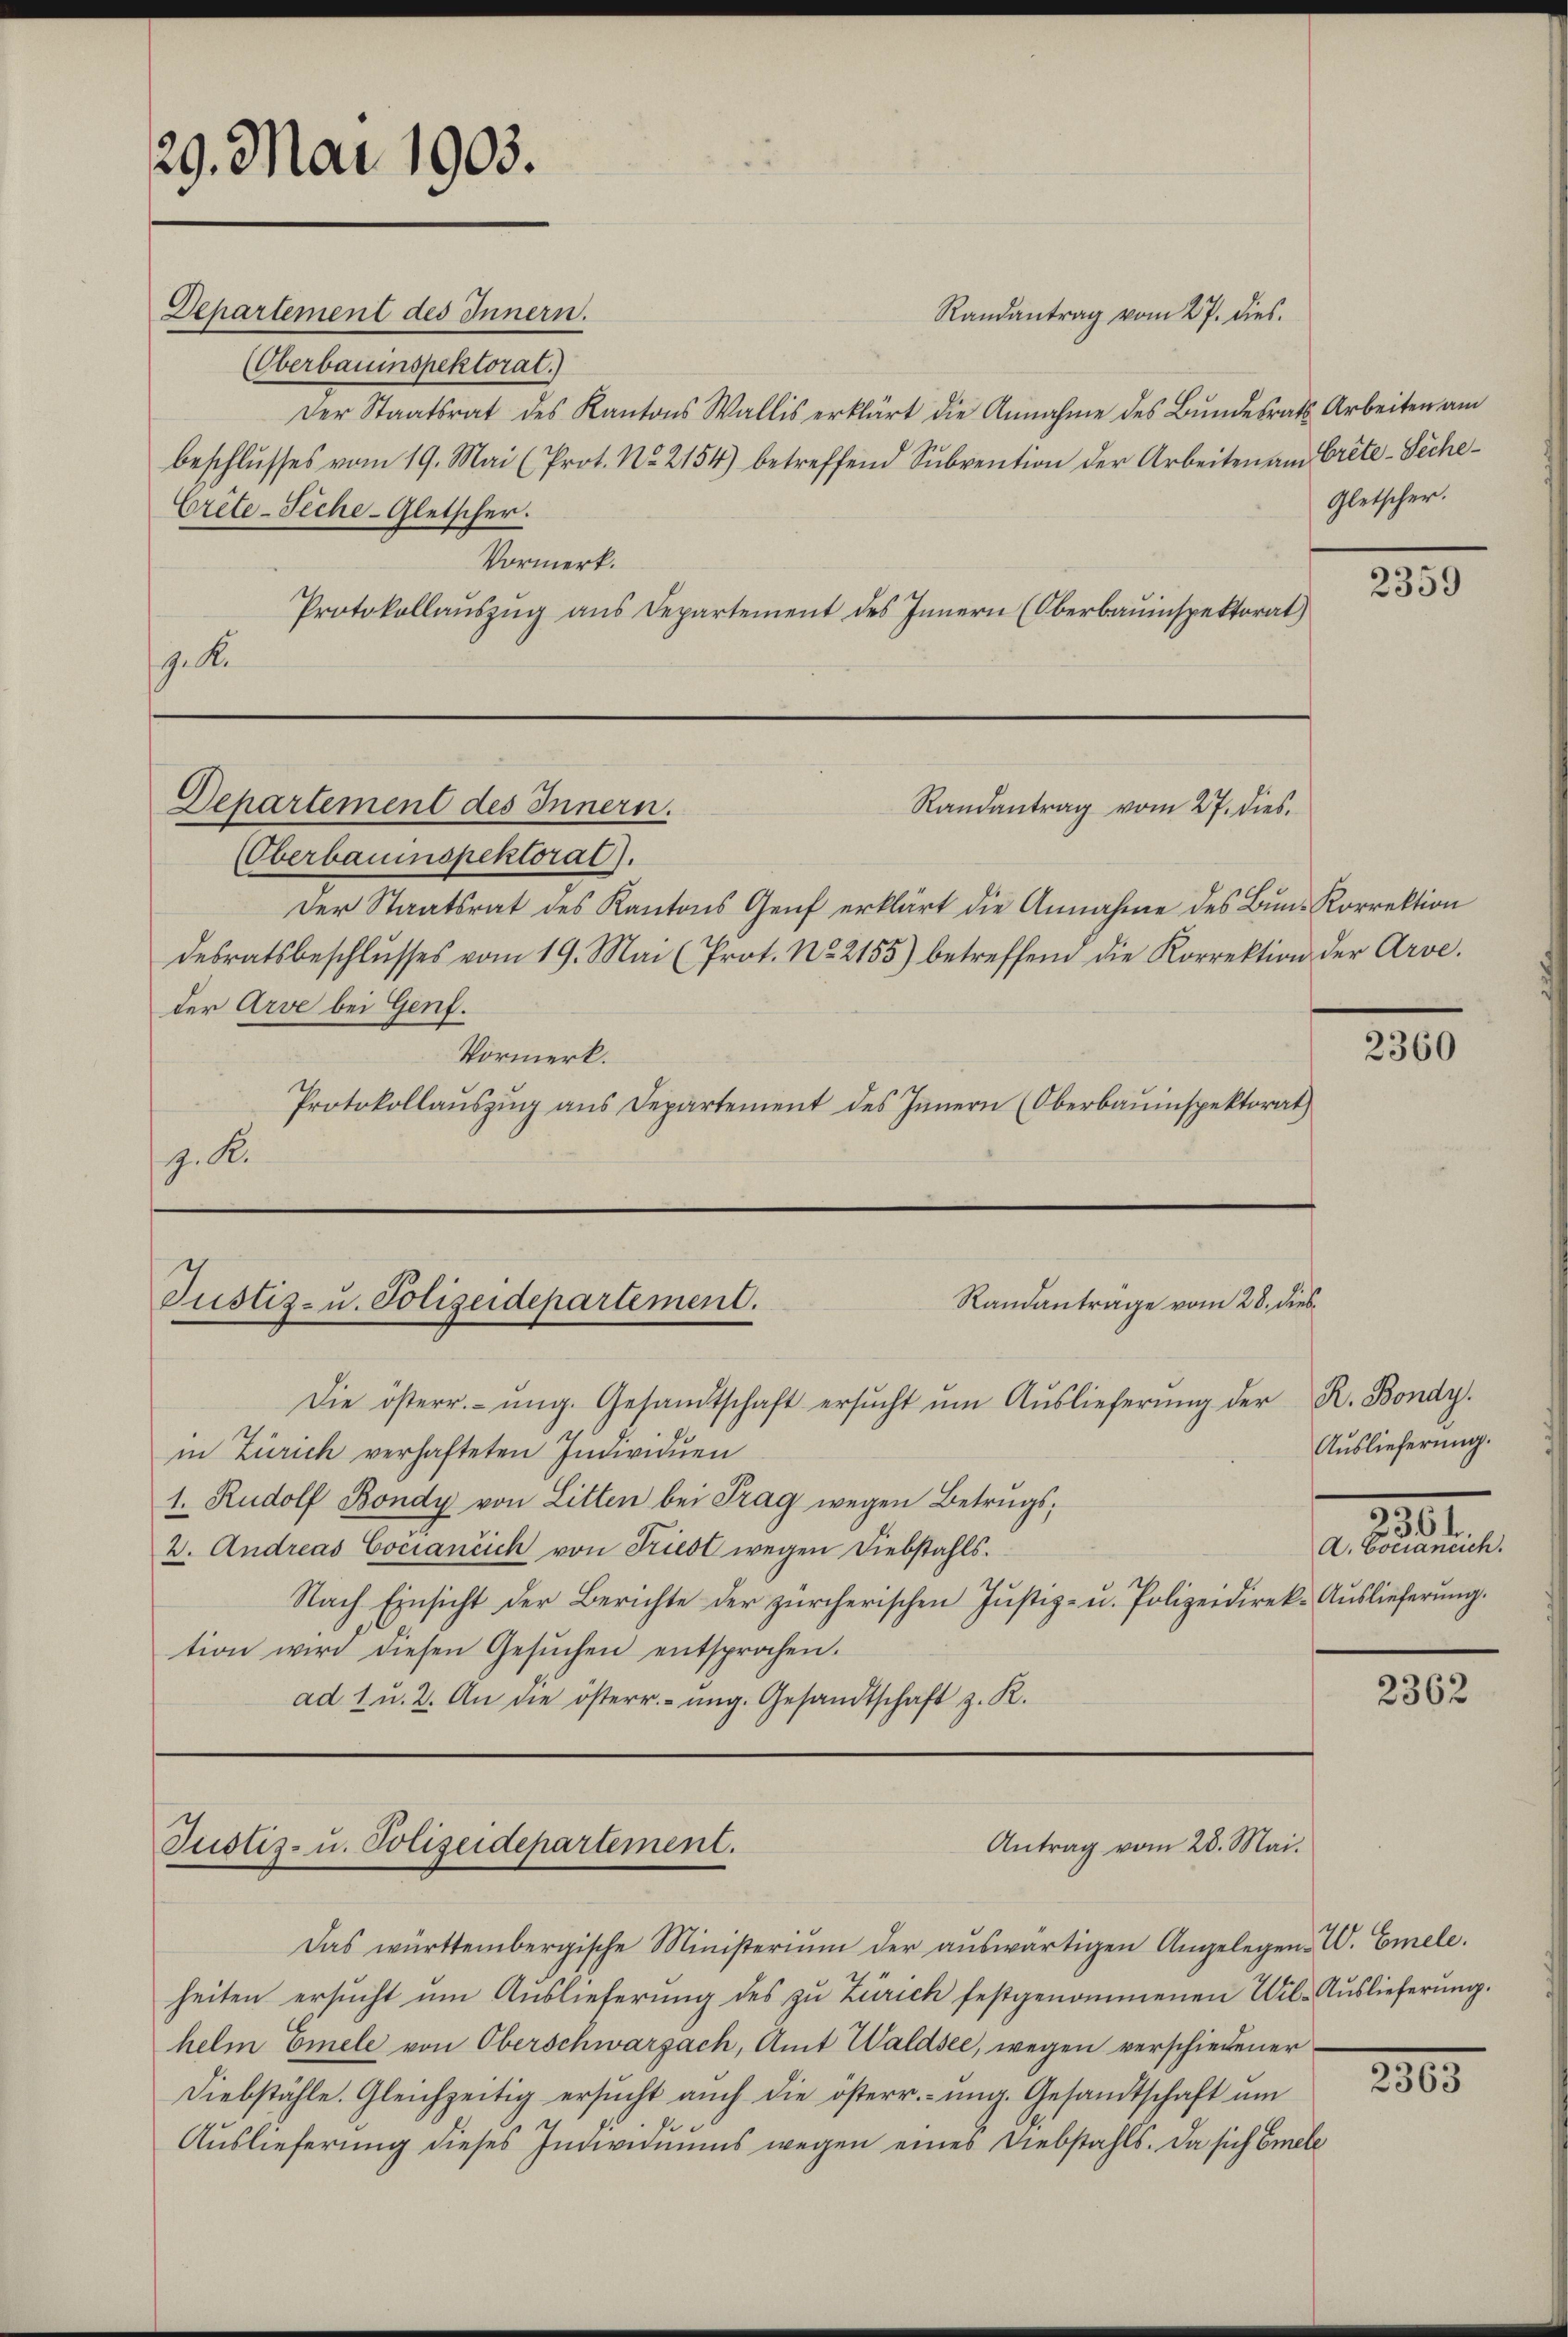
29. Mai 1903.

Departement des Innern.

(Oberbauinspektoral.)
Der Staatsrat des Kantons Wallis erklärt die Annahme des Bundesrath Arbeiten am
beschlŭsses vom 19. Mai (Prot. No. 2154) betreffend Sŭbvention der Arbeiten am Crête-Siche¬
Crête-Teche-Gletscher.
Vormerk.
Protokollaŭszŭg ans Departement des Innern (Oberbauinspektorat)
g. Si

Departement des Innern.

Oberbauinspektorat.
Der Staatsrat des Kantons Genf erklärt die Annahme des Bun-Korrektion
desratsbeschlŭsses vom 19. Mai (Prot. No. 2155) betreffend die Korrektion der Arve.
der Arve bei Genf.
Vormerk.
Protokollaŭszŭg ans Departement des Innern (Oberbauinspektorat
z. R.

Randantrag vom 27. dies

Randantrage vom 28. dies
Justiz- u. Polizeidepartement.

Die österr.- ŭng. Gesandtschaft ersŭcht ŭm Aŭslieferŭng der R. Bondy.
in Zürich verhafteten Individuen
1. Rudolf Bondy von Litten bei Frag wegen Betrugs;
2. Andreas Cociantich von Friest wegen Diebstahls.
Nach Einsicht der Berichte der zürcherischen Justiz- u. Polizeidirek-Auslieferung.
tion wird diesen Gesŭchen entsprochen.
ad. 1 u. 2. An die österr.- ŭng. Gesandtschaft z. R.

Justiz- u. Polizeidepartement.

Antrag vom 28. Mai.

Das württembergische Ministeriŭm der aŭswärtigen Angelegen W. Emele.
heiten ersucht um Auslieferung des zu Zürich festgenommenen Wil-Auslieferung.
helm Emele von Oberschwarzach, Amt Waldsee, wegen verschiedener
Diebstähle. Gleichzeitig ersŭcht auch die österr.- ŭng. Gesandtschaft ŭm
Auslieferung dieses Individuums wegen eines Diebstahls. Da sich Emele

Randantrag vom 27. dies

Gletscher.

2359

2360

Auslieferung.
230
A. Bociantich.

2362

2305